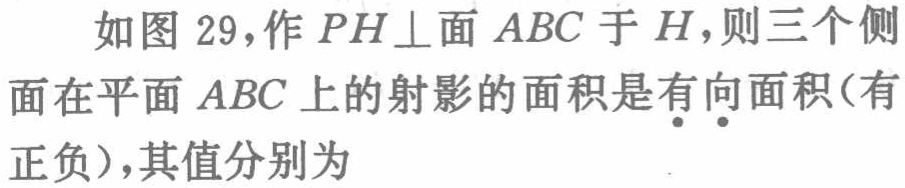
如图 29，作 \(PH\perp\)面 \(ABC\) 于 \(H\)，则三个侧面在平面 \(ABC\) 上的射影的面积是有向面积(有正负)，其值分别为